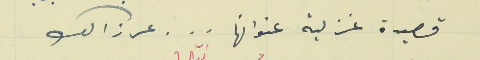
قصيدة غزلية عنوانها  .  .  .  عرزالك